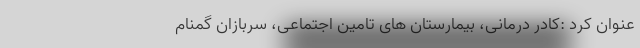
عنوان کرد :کادر درمانی، بیمارستان های تامین اجتماعی، سربازان گمنام